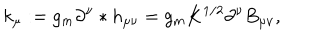
LaTeX: k _ { \mu } : = g _ { m } \partial ^ { \nu } * h _ { \mu \nu } = g _ { m } K ^ { 1 / 2 } \partial ^ { \nu } B _ { \mu \nu } ,